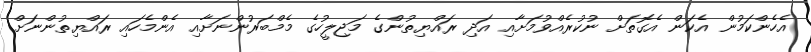
އެހެންކަމުން އެކަން އެގޮތަށް ނުކުރެއްވުމަށާއި އަދި ރައްޔިތުންގެ މަޖިލީހުގެ މެމްބަރުންނަށާއި އެންމެހައި ރައްޔިތުންނަށް